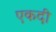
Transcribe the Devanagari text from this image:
एकदी